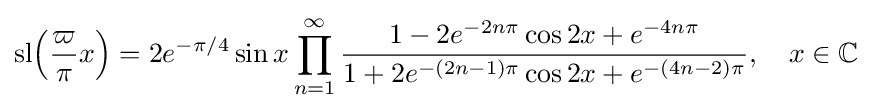
\mathrm {sl} {\Bigl (}{\frac {\varpi }{\pi }}x{\Bigr )}=2e^{-\pi /4}\sin x\prod _{n=1}^{\infty }{\frac {1-2e^{-2n\pi }\cos 2x+e^{-4n\pi }}{1+2e^{-(2n-1)\pi }\cos 2x+e^{-(4n-2)\pi }}},\quad x\in \mathbb {C}